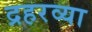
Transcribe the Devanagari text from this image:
द्रहरव्या